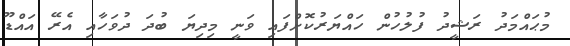
މުޙައްމަދު ރަޝީދު ފުލުހުން ހައްޔަރުކޮށްފައި ވަނީ މިދިޔަ ބުދަ ދުވަހާއި އެރޭ އައްޑޫ